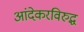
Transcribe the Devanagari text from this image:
आंदेकरविरुद्ध